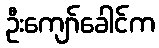
ဦးကျော်ခေါင်က